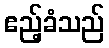
ဧည့်ခံသည်